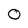
Character: 0